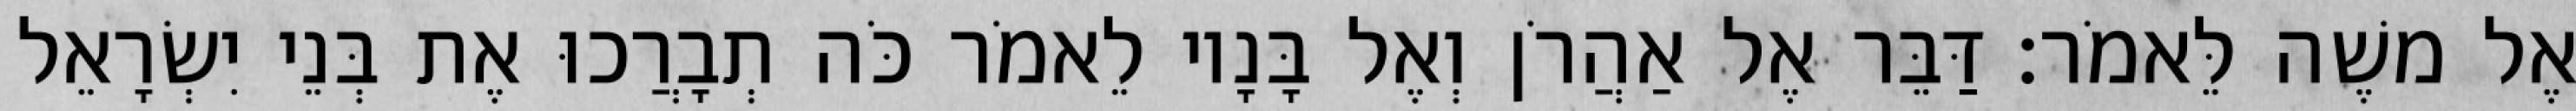
אֶל משֶׁה לֵּאמֹר׃ דַּבֵּר אֶל אַהֲרֹן וְאֶל בָּנָיו לֵאמֹר כֹּה תְבָרֲכוּ אֶת בְּנֵי יִשְׂרָאֵל